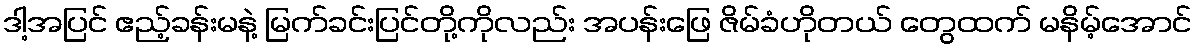
ဒါ့အပြင် ဧည့်ခန်းမနဲ့ မြက်ခင်းပြင်တို့ကိုလည်း အပန်းဖြေ ဇိမ်ခံဟိုတယ် တွေထက် မနိမ့်အောင်